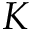
\boldsymbol { K }